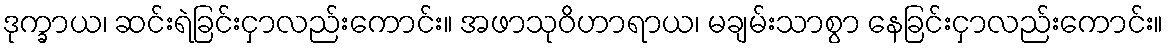
ဒုက္ခာယ၊ ဆင်းရဲခြင်းငှာလည်းကောင်း။ အဖာသုဝိဟာရာယ၊ မချမ်းသာစွာ နေခြင်းငှာလည်းကောင်း။